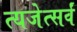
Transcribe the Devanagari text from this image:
त्यजेत्सर्वं